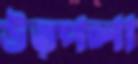
উত্পলা